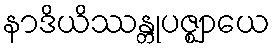
နာဒိယိဿန္တုပဇ္ဈာယေ